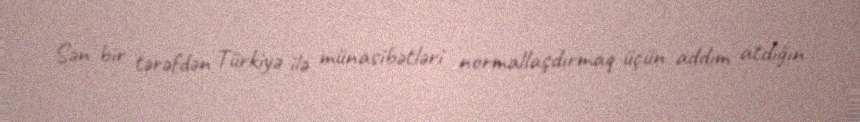
Sən bir tərəfdən Türkiyə ilə münasibətləri normallaşdırmaq üçün addım atdığın